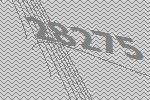
28275